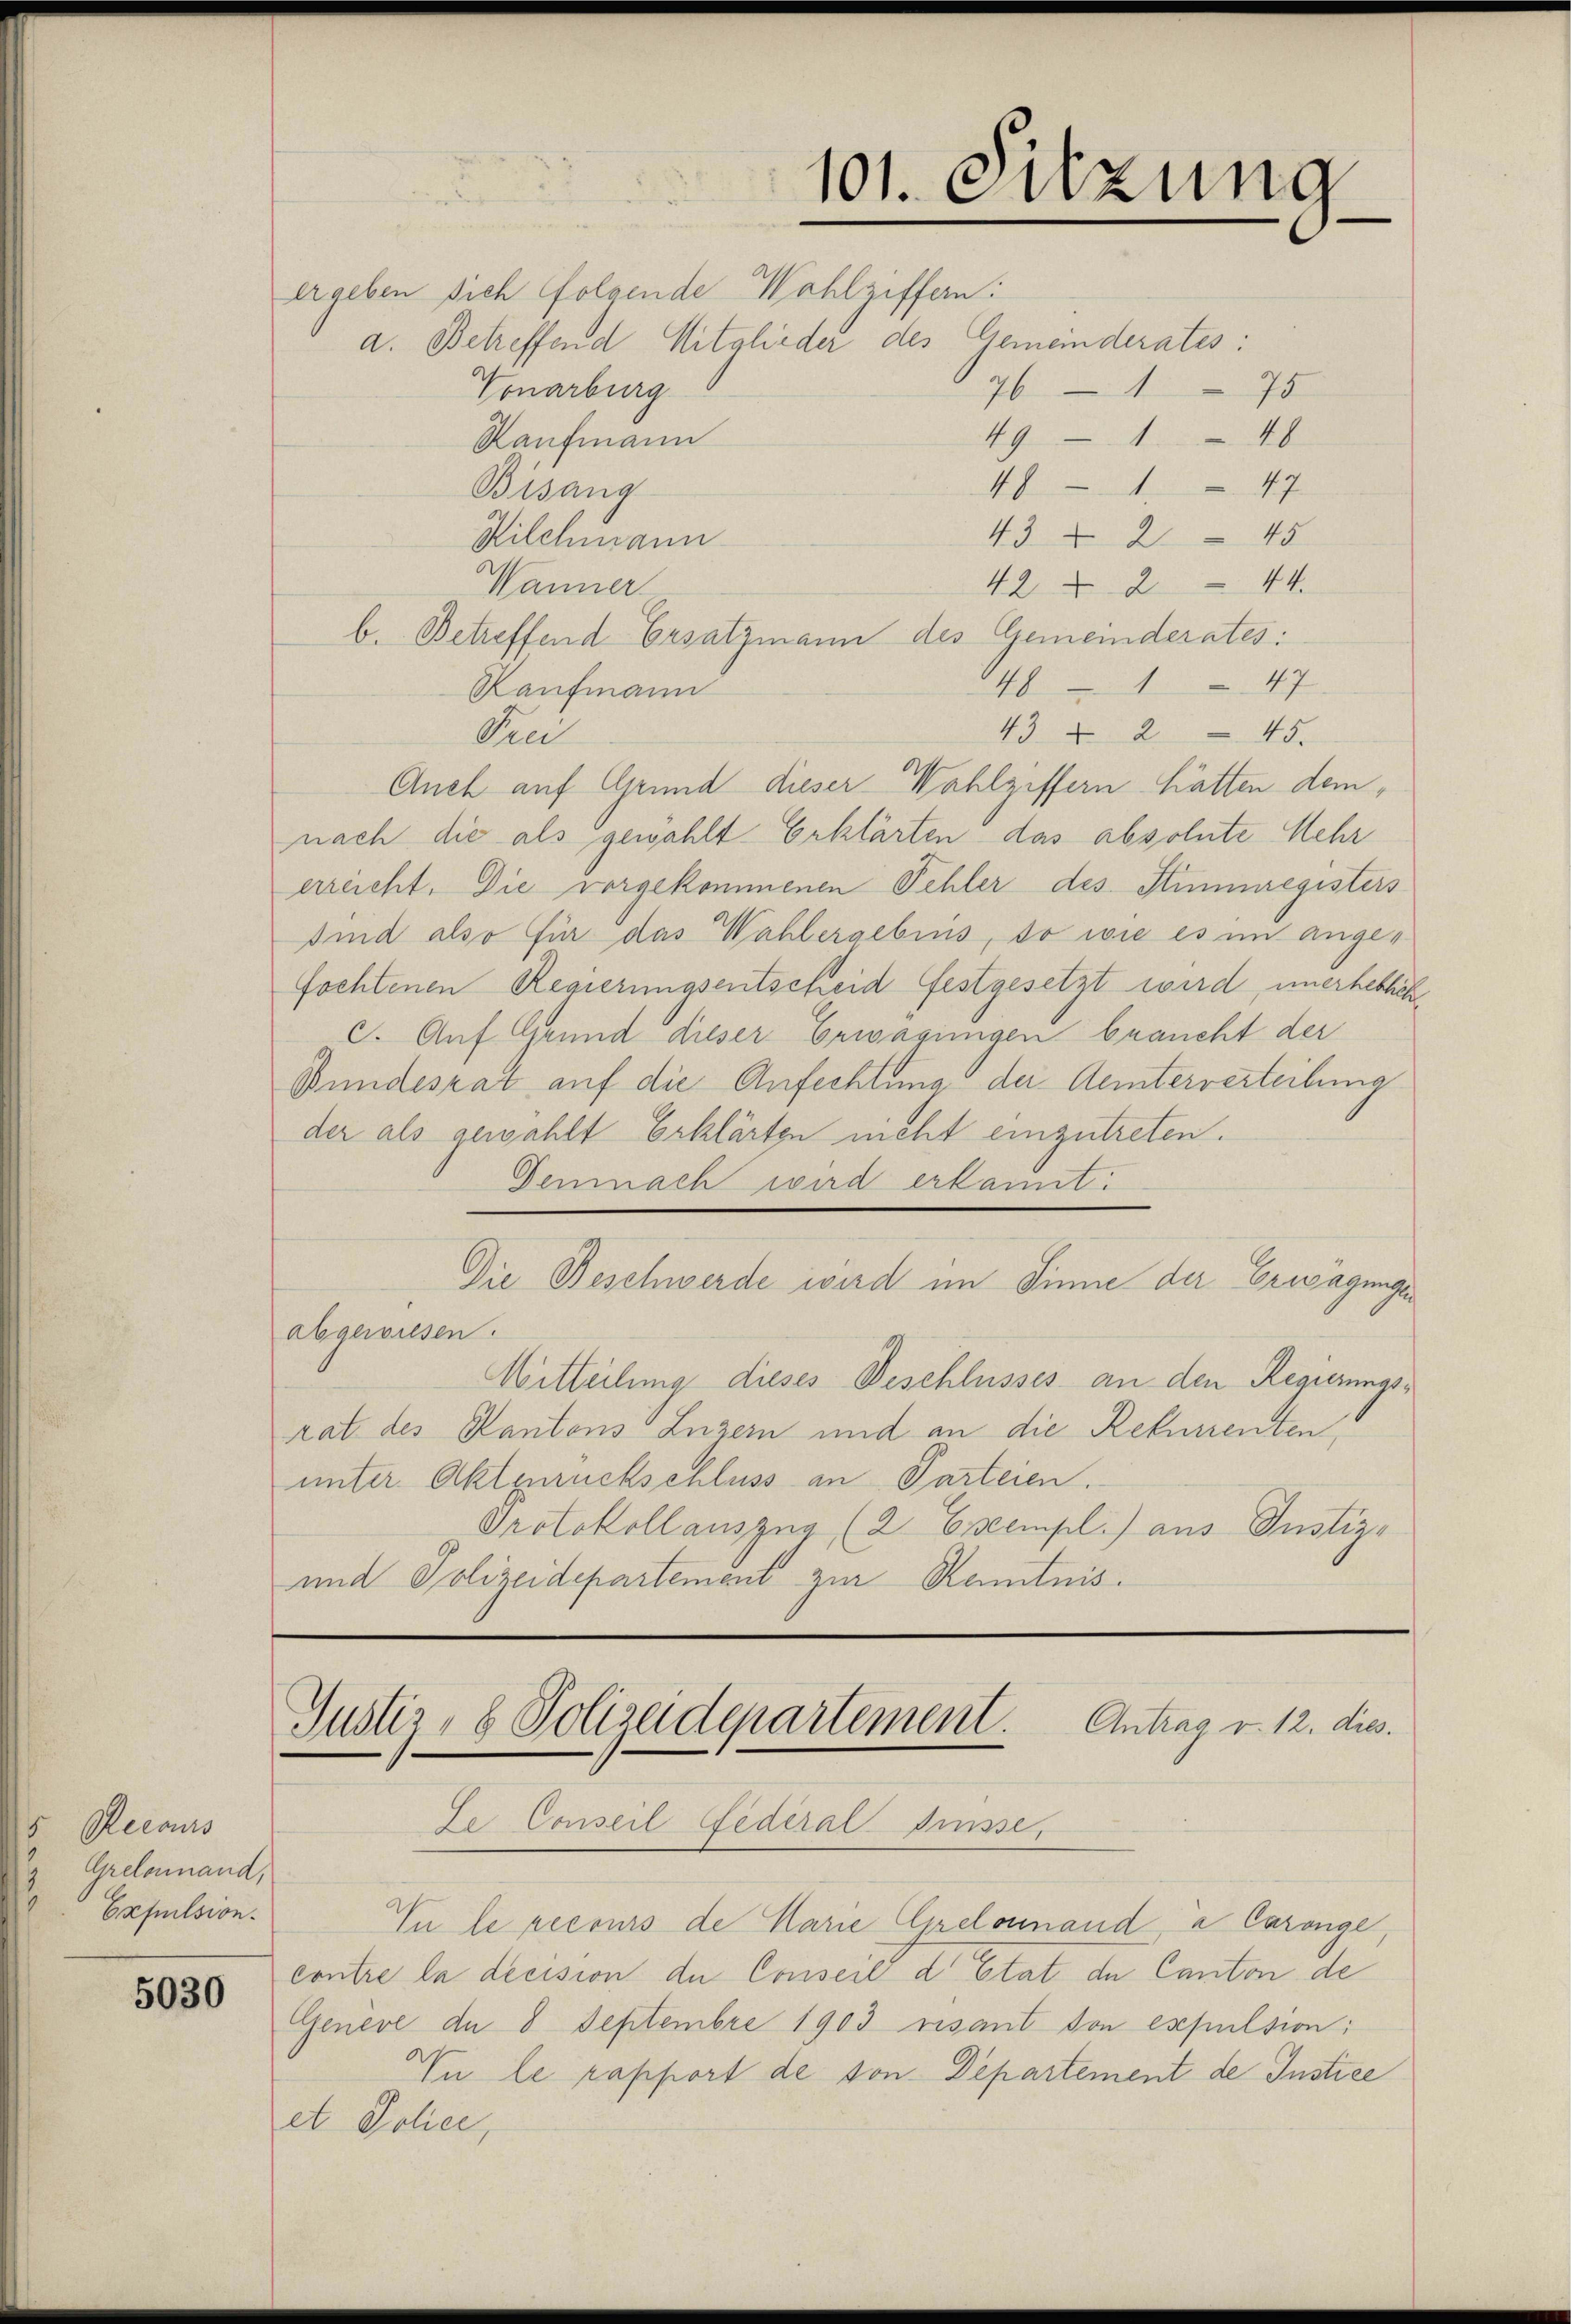
5. Recours
Grelonnand,
1
Expulsion.

5030

ergeben sich folgende Wahlziffern:

101. Sitzung

a. Betreffend Mitglieder des Gemeinderates:
Vonarburg
76175
Kaufmann
481 47
Bisang
43 2 45
Kilchmann
Wänner
422 44.
b. Betreffend Ersatzmann des Gemeinderates:
481 47
Kaufmann
43 2 45.
Prei
Auch auf Grund dieser Wahlziffern hatten dem
nach die als gewählt Erklärten das absolute Mehr
erreicht. Die vorgekommenen Fehler des Stimmregisters
sind also für das Wahlergebins, so wie es im angefochtenen Regierungsentscheid festgesetzt wird, unerheblich
c. Auf Grund dieser Erwägungen braucht der
Bundesrat auf die Anfechtung der Aemterverteilung
der als gewählt Erklärten nicht einzutreten.
Demnach wird erkannt:
Die Beschwerde wird im Sinne der Erwägungen
abgewiesen.
Mitteilung dieses Beschlusses an den Regierungstat des Kantons Luzern und an die Rekurrenten
unter Aktzuruckschluss an Parteien.
Protokollauszug (2 Exempl. aus Justiz-
und Polizeidepartement zur Kenntnis.

49 - 148

Justiz, 8 Polizeidepartement. Antrag v. 12. dies.

Je Conseil Gederal Sisse,
In le recours de Marie Grelonand a Caronge
contre la decision du Conseil d’Etat de Canton de
Genève de 8 Septembre 1903 risant von expulsion:
In le rapport de von Departement de Instice
et Police,